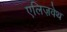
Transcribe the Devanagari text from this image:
एलिज़वेथ